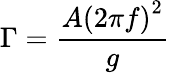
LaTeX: \Gamma=\frac{A\left(2\pi f\right)^{2}}{g}